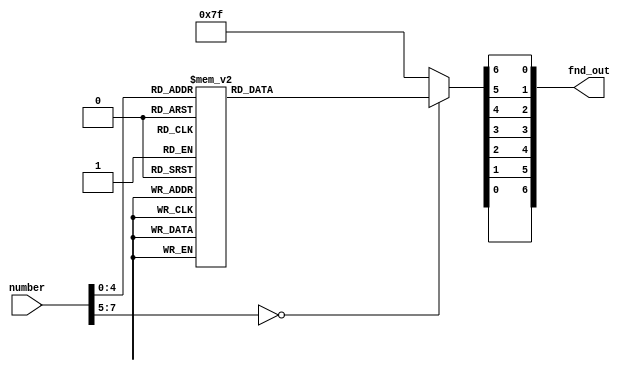
module fnd_out(
    number,
    fnd_out
);

    input  [7:0] number;
	output [6:0] fnd_out;
	 
	 reg a,b,c,d,e,f,g;
	
	always @ (number) begin
		case(number)
		8'h00: begin a = 1'b0; b = 1'b0; c = 1'b0; d = 1'b0; e = 1'b0; f = 1'b0; g = 1'b1; end // 0 = 0x30- 0x30
		8'h01: begin a = 1'b1; b = 1'b0; c = 1'b0; d = 1'b1; e = 1'b1; f = 1'b1; g = 1'b1; end // 1 = 0x31 -0x30
		8'h02: begin a = 1'b0; b = 1'b0; c = 1'b1; d = 1'b0; e = 1'b0; f = 1'b1; g = 1'b0; end // 2
		8'h03: begin a = 1'b0; b = 1'b0; c = 1'b0; d = 1'b0; e = 1'b1; f = 1'b1; g = 1'b0; end // 3
		8'h04: begin a = 1'b1; b = 1'b0; c = 1'b0; d = 1'b1; e = 1'b1; f = 1'b0; g = 1'b0; end // 4
		8'h05: begin a = 1'b0; b = 1'b1; c = 1'b0; d = 1'b0; e = 1'b1; f = 1'b0; g = 1'b0; end // 5
		8'h06: begin a = 1'b0; b = 1'b1; c = 1'b0; d = 1'b0; e = 1'b0; f = 1'b0; g = 1'b0; end // 6
		8'h07: begin a = 1'b0; b = 1'b0; c = 1'b0; d = 1'b1; e = 1'b1; f = 1'b0; g = 1'b1; end // 7
		8'h08: begin a = 1'b0; b = 1'b0; c = 1'b0; d = 1'b0; e = 1'b0; f = 1'b0; g = 1'b0; end // 8
		8'h09: begin a = 1'b0; b = 1'b0; c = 1'b0; d = 1'b0; e = 1'b1; f = 1'b0; g = 1'b0; end // 9
		8'h0A: begin a = 1'b0; b = 1'b0; c = 1'b0; d = 1'b1; e = 1'b0; f = 1'b0; g = 1'b0; end //10 = 0x41 - 0x37 A
		8'h0B: begin a = 1'b0; b = 1'b0; c = 1'b0; d = 1'b0; e = 1'b0; f = 1'b0; g = 1'b0; end //11 B
		8'h0C: begin a = 1'b0; b = 1'b1; c = 1'b1; d = 1'b0; e = 1'b0; f = 1'b0; g = 1'b1; end //12 C
		8'h0D: begin a = 1'b0; b = 1'b0; c = 1'b0; d = 1'b0; e = 1'b0; f = 1'b0; g = 1'b1; end //13 D
		8'h0E: begin a = 1'b0; b = 1'b1; c = 1'b1; d = 1'b0; e = 1'b0; f = 1'b0; g = 1'b0; end //14 E
		8'h0F: begin a = 1'b0; b = 1'b1; c = 1'b1; d = 1'b1; e = 1'b0; f = 1'b0; g = 1'b0; end //15 F
		8'h10: begin a = 1'b0; b = 1'b1; c = 1'b0; d = 1'b0; e = 1'b0; f = 1'b0; g = 1'b0; end //16 G
		8'h11: begin a = 1'b1; b = 1'b0; c = 1'b0; d = 1'b1; e = 1'b0; f = 1'b0; g = 1'b0; end //17 H
		8'h12: begin a = 1'b1; b = 1'b0; c = 1'b0; d = 1'b1; e = 1'b1; f = 1'b1; g = 1'b1; end //18 I
		default: begin a = 1'b1; b = 1'b1; c = 1'b1; d = 1'b1; e = 1'b1; f = 1'b1; g = 1'b1; end
		endcase
	end
	assign fnd_out = {a,b,c,d,e,f,g};
	
endmodule